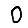
Digit: 0